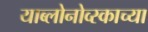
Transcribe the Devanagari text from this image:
याब्लोनोव्स्काच्या